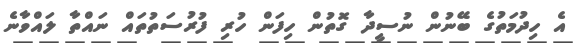
އެ ހިދުމަތުގެ ބޭނުން ނުސީދާ ގޮތުން ހިފަން ހުރި ފުރުސަތުތައް ނައްތާ ލައްވާނެ